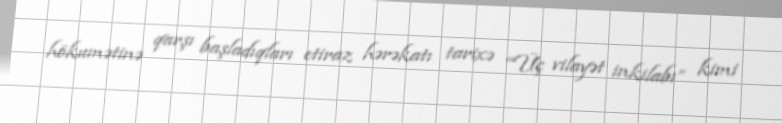
hökumətinə qarşı başladıqları etiraz hərəkatı tarixə “Üç vilayət inkilabı” kimi